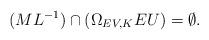
LaTeX: \begin{align*}(M L^{-1}) \cap (\Omega_{EV,K}EU) = \emptyset.\end{align*}